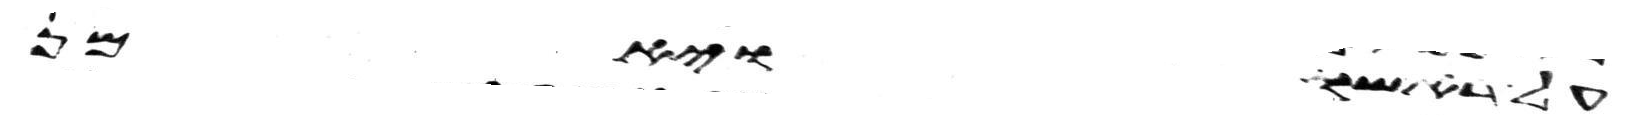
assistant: על אשתו ויאמר